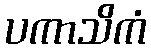
ပကာသိကံ